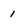
Character: 1